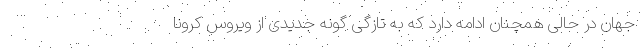
جهان در حالی همچنان ادامه دارد که به تازگی گونه جدیدی از ویروس کرونا